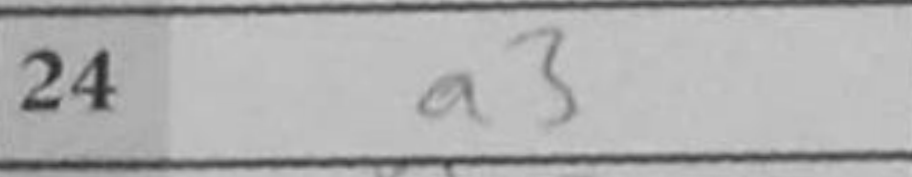
Transcription: a3